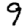
Digit: 9